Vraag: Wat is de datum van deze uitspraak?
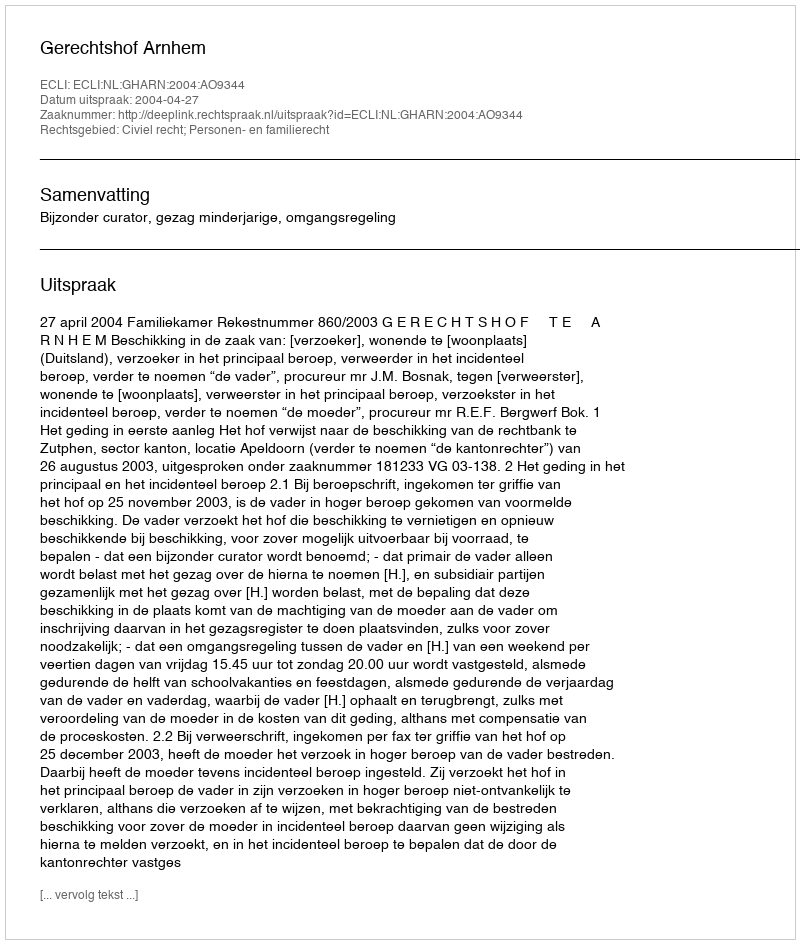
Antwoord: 2004-04-27